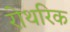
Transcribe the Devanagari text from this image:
रोथरिक